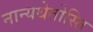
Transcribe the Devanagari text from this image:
नान्यथेतोस्ति